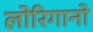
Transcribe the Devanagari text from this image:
लोरिगानो